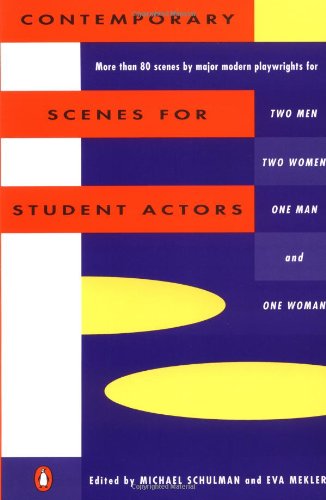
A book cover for Contemporary Scenes for Student Actors; Literature & Fiction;